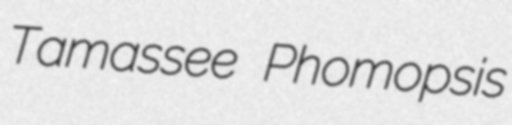
Tamassee Phomopsis